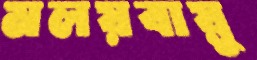
মলয়বায়ু